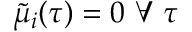
\tilde { \mu } _ { i } ( \tau ) = 0 \mathrm { ~ } \forall \mathrm { ~ } \tau